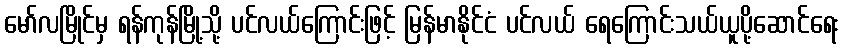
မော်လမြိုင်မှ ရန်ကုန်မြို့သို့ ပင်လယ်ကြောင်းဖြင့် မြန်မာနိုင်ငံ ပင်လယ် ရေကြောင်းသယ်ယူပို့ဆောင်ရေး